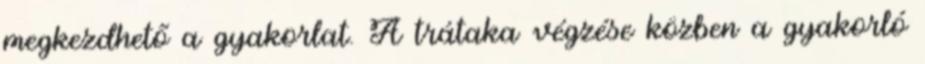
megkezdhető a gyakorlat. A trátaka végzése közben a gyakorló